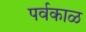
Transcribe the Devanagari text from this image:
पर्वकाळ